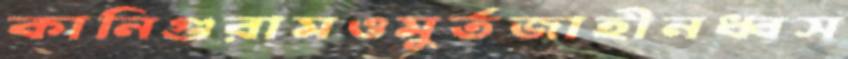
কানিগুরামওমুর্তজাহীনধ্বস